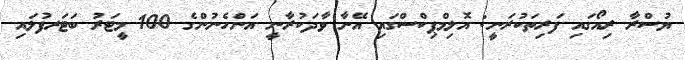
ޔުސްރާ ރިއޯގައި ފަރިތަކުރަނީ: އޮލިމްޕިކްސްގައި އޭނާ ވާދަކުރާނީ އަންހެނުންގެ 100 މީޓަރު ބަޓަރފުލައި